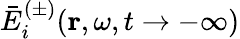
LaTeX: \bar{E}_{i}^{(\pm)}(\mathbf{r},\omega,t\rightarrow-\infty)